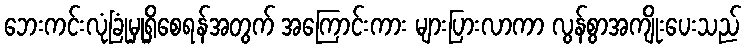
ဘေးကင်းလုံခြုံမှုရှိစေရန်အတွက် အကြောင်းကား များပြားလာကာ လွန်စွာအကျိုးပေးသည်